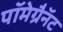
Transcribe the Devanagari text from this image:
पॉमेग्रैनॅट